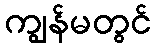
ကျွန်မတွင်